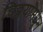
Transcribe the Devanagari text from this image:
चिठ्ठयांमधून